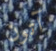
آتون